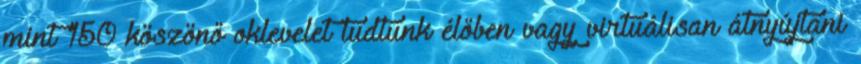
mint 150 köszönő oklevelet tudtunk élőben vagy virtuálisan átnyújtani